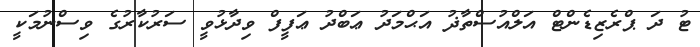
ޓު ދަ ޕްރެޒިޑެންޓް އަލްއުސްތާޛު އަޙްމަދު ޢަބްދު ޢަފީފް ވިދާޅުވީ ސަރުކާރުގެ ވިސްނުމަކީ